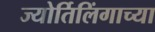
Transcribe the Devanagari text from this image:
ज्‍योर्तिलिंगाच्‍या